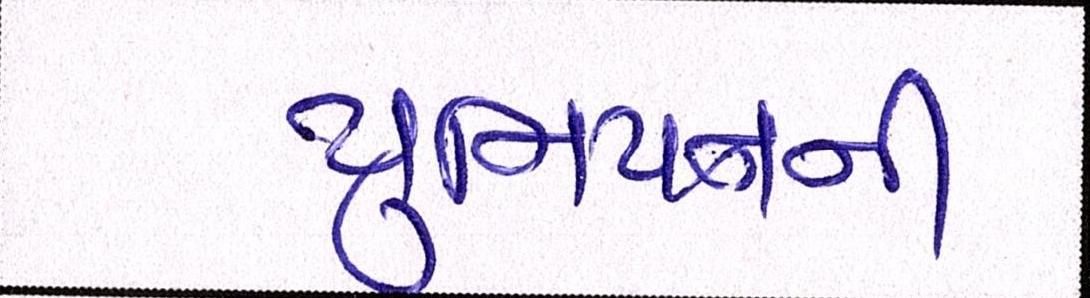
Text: યુનિયનની